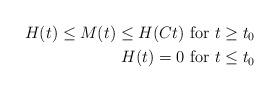
LaTeX: \begin{align*}H(t) \leq M(t)\leq H(C t) \textrm{ for } t\geq t_0 \\H(t)=0 \textrm{ for } t \leq t_0 \end{align*}